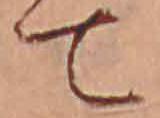
て